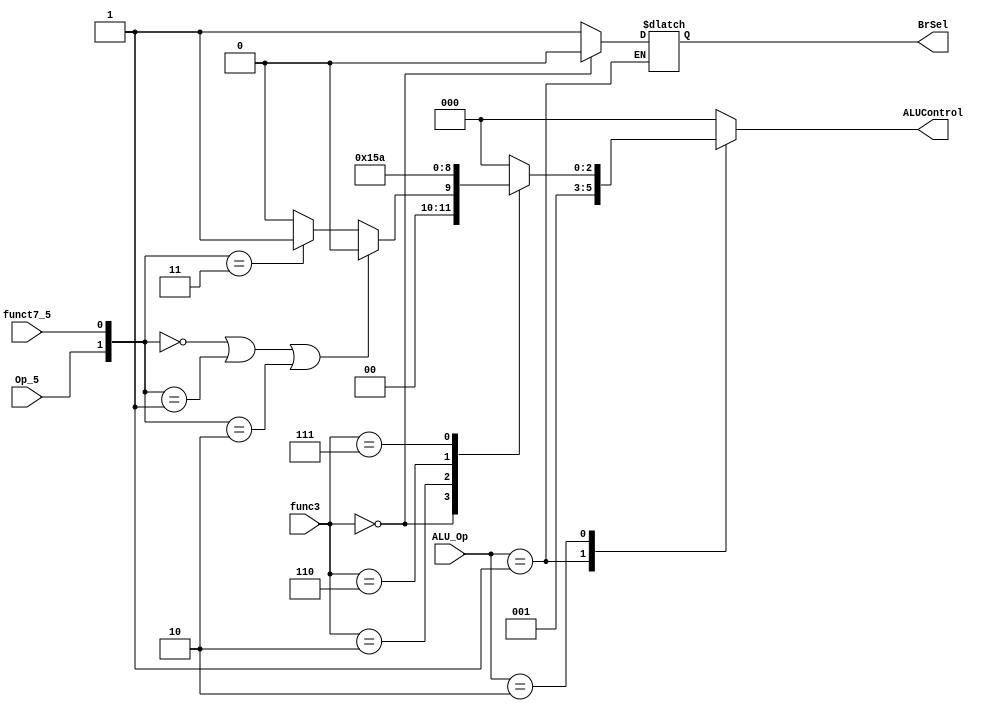
module ALU_Decoder(

input    wire           Op_5,funct7_5,
input    wire   [1:0]   ALU_Op,
input    wire   [2:0]   func3,

output   reg            BrSel,
output   reg    [2:0]   ALUControl
);

always@(*)
  begin
    case(ALU_Op)
      2'b00: ALUControl=3'b000;
      2'b01: begin 
	    if(func3==000) begin 
		  ALUControl=3'b001;
		  BrSel=1'b0;
		end
		else begin
		  ALUControl=3'b001;
		  BrSel=1'b1;
		end
	         end
      2'b10: begin
        case(func3)
          3'b000: if ({Op_5,funct7_5}==2'b00 | {Op_5,funct7_5}==2'b01 | {Op_5,funct7_5}==2'b10)    
		            ALUControl=3'b000;
				  else if({Op_5,funct7_5}==2'b11)
				    ALUControl=3'b001;
				  else
				    ALUControl=3'b000;
          3'b010: ALUControl=3'b101;
          3'b110: ALUControl=3'b011;
          3'b111: ALUControl=3'b010;
          default: ALUControl=3'b000;		  
        endcase
	  end
	  default: ALUControl=3'b000;
    endcase
  end
endmodule